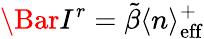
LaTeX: \Bar{I}^{r}=\tilde{\beta}\langle n\rangle_{\mathrm{eff}}^{+}